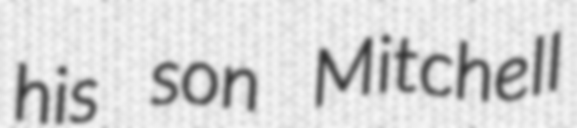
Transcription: his son Mitchell